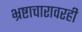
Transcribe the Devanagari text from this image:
भ्रष्टाचारावरही